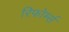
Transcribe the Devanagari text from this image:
रिफोर्म्स